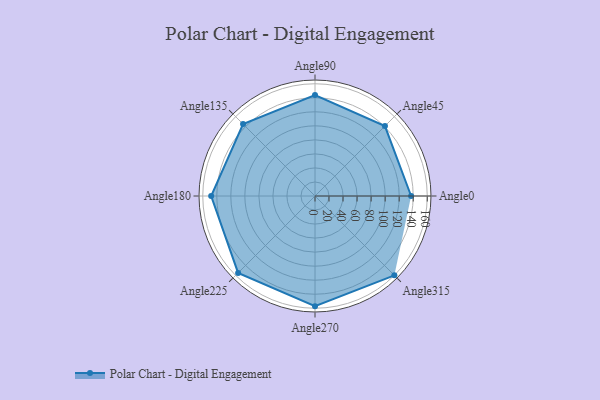
{"axis": {"x": "Angle", "y": "Radius"}, "legend": [""], "data": [{"x": "Angle0", "y": 137.0, "type": ""}, {"x": "Angle45", "y": 141.0, "type": ""}, {"x": "Angle90", "y": 144.0, "type": ""}, {"x": "Angle135", "y": 145.0, "type": ""}, {"x": "Angle180", "y": 148.0, "type": ""}, {"x": "Angle225", "y": 155.0, "type": ""}, {"x": "Angle270", "y": 157.0, "type": ""}, {"x": "Angle315", "y": 160.0, "type": ""}]}